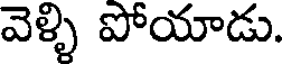
వెళ్ళి పోయాడు.